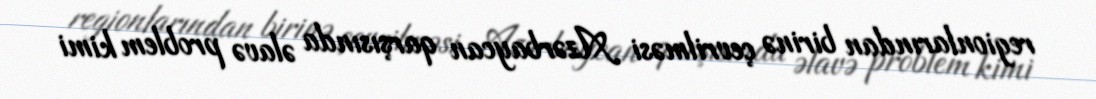
regionlarından birinə çevrilməsi Azərbaycan qarşısında əlavə problem kimi